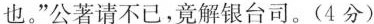
也。”公著请不已，竟解银台司。(4分)